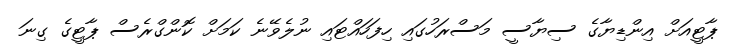
ޕާޓީއަށް އިންޑިޔާގެ ސިޔާސީ މަސްރަހުގައި ހިފަހައްޓައި ނުލެވޭނެ ކަމަށް ކޮންގްރެސް ޕާޓީގެ ގިނަ